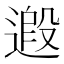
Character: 𨕶